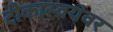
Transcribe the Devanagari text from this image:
टीकास्वयंवर